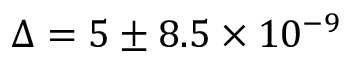
\Delta = 5 \pm 8 . 5 \times 1 0 ^ { - 9 }